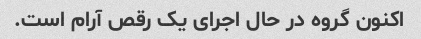
اکنون گروه در حال اجرای یک رقص آرام است.